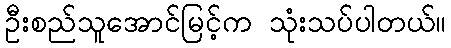
ဦးစည်သူအောင်မြင့်က သုံးသပ်ပါတယ်။